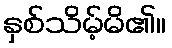
နှစ်သိမ့်မိ၏။